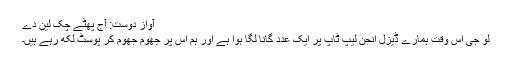
آوازِ دوست: آج پھٹے چک لین دے
لو جی اس وقت ہمارے ڈیزل انجن لیپ ٹاپ پر ایک عدد گانا لگا ہوا ہے اور ہم اس پر جھوم جھوم کر پوسٹ لکھ رہے ہیں۔